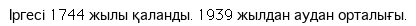
Іргесі 1744 жылы қаланды. 1939 жылдан аудан орталығы.